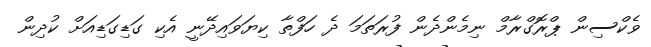
ވެކްސިން ޕްރޮގްރާމް ނިމެންދެން ފުރަތަމަ ދެ ހަފްތާ ކިޔަވައިދޭނީ އެކި ގަޑިގަޑިއަށް ކުދިން